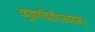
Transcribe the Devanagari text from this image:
व्युत्पादितोऽस्यहम्‌।